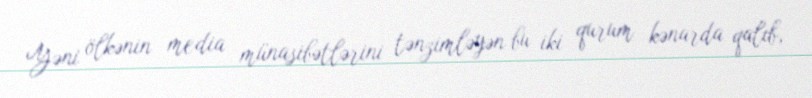
Yəni ölkənin media münasibətlərini tənzimləyən bu iki qurum kənarda qalıb,